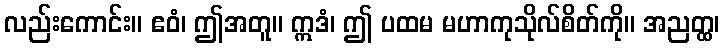
လည်းကောင်း။ ဧဝံ၊ ဤအတူ။ ဣဒံ၊ ဤ ပထမ မဟာကုသိုလ်စိတ်ကို။ အညတ္ထ၊